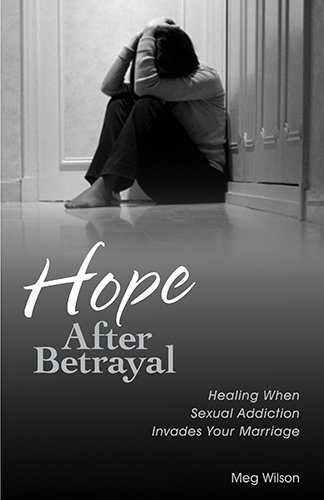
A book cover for Hope After Betrayal: Healing When Sexual Addiction Invades Your Marriage; Meg Wilson; Health, Fitness & Dieting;